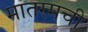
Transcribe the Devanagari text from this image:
मातरमची